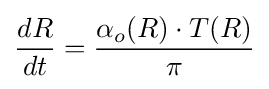
{\frac {dR}{dt}}={\frac {\alpha _{o}(R)\cdot T(R)}{\pi }}